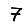
Digit: 7